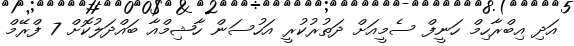
އަދި އިބްރާހިމް ހަނީފް ސެމީއަށް ދަތުރުކުރީ އަހުސަން ހާޝިމްއާ ބައްދަލުކޮށް 7 ފްރޭމް